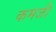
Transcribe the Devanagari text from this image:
कमजी